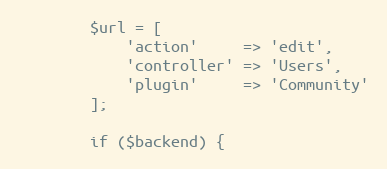
Language: PHP
        $url = [
            'action'     => 'edit',
            'controller' => 'Users',
            'plugin'     => 'Community'
        ];

        if ($backend) {